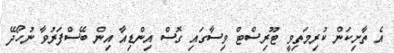
އެ ތާށިކަން ކުރިމަތިވީ ޓޫރިސްޓް ވިސާގައި ގޮސް އިންޑިއާ އިން ބޭސްފަރުވާ ނުހޯދޭ